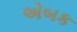
એબક